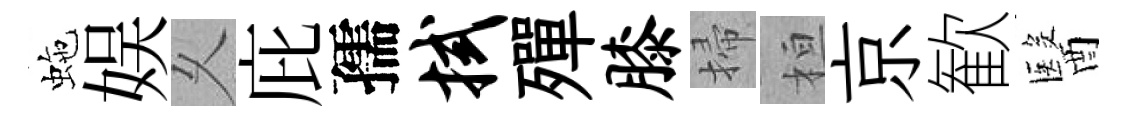
虵娱乆庇孺拭殫膝掃桓京歓醫